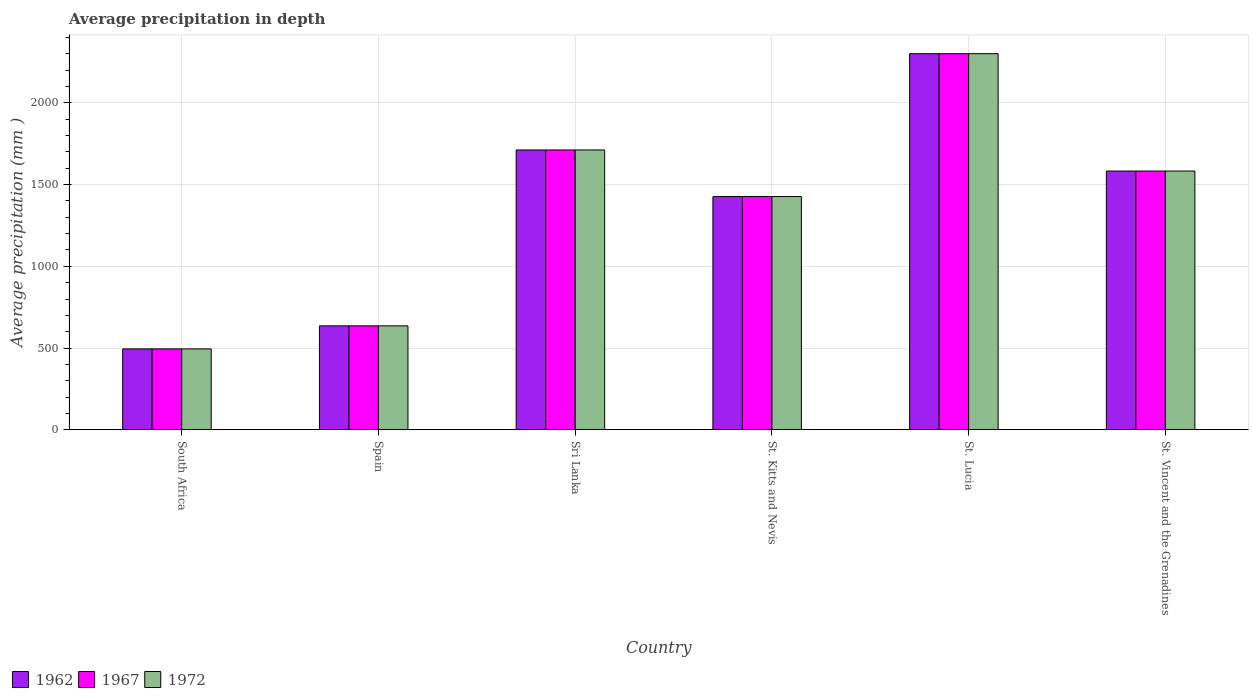
| Country | 1962 | 1967 | 1972 |
 | --- | --- | --- | --- |
 | South Africa | 495 | 495 | 495 |
 | Spain | 636 | 636 | 636 |
 | Sri Lanka | 1.71e+03 | 1.71e+03 | 1.71e+03 |
 | St. Kitts and Nevis | 1.43e+03 | 1.43e+03 | 1.43e+03 |
 | St. Lucia | 2.3e+03 | 2.3e+03 | 2.3e+03 |
 | St. Vincent and the Grenadines | 1.58e+03 | 1.58e+03 | 1.58e+03 |